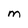
Character: M